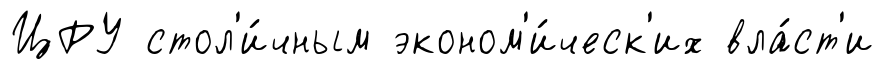
ЦРУ стол'и́чным эконом'и́ческ'их вла́ст'и